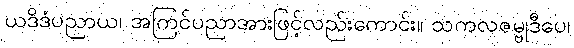
ယဒိဒံပညာယ၊ အကြင်ပညာအားဖြင့်လည်းကောင်း။ သကလဇမ္ဗုဒီပေ၊